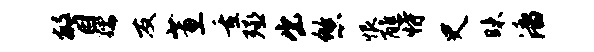
瞥孺友蕙重殛出悠恨醮恃史昧潘